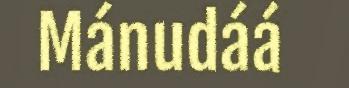
Mánudáá